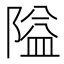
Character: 隘